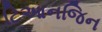
ટિઆનજિન